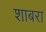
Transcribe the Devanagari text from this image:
शाबरा